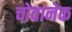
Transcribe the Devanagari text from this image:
चोवानेक